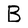
Character: B